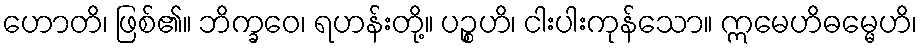
ဟောတိ၊ ဖြစ်၏။ ဘိက္ခဝေ၊ ရဟန်းတို့။ ပဉ္စဟိ၊ ငါးပါးကုန်သော။ ဣမေဟိဓမ္မေဟိ၊